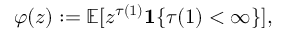
\varphi ( z ) : = \mathbb { E } [ z ^ { \tau ( 1 ) } \mathbf { 1 } \{ \tau ( 1 ) < \infty \} ] ,